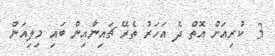
3  ކުރިއަށް އޮތް ދެ އަހަރު ތެރޭ ޗައިނާއިން ބައި މިލިއަން